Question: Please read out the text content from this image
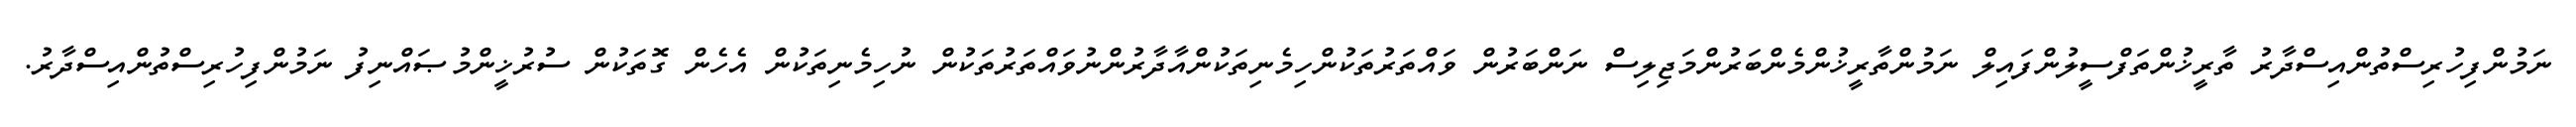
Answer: ނަމުންފިހުރިސްތުންއިސްދާރު ތާރީޚުންތަފްސީލުންފައިލް ނަމުންތާރީޚުންމެންބަރުންމަޖިލިސް ނަންބަރުން ވައްތަރުތަކުންހިމެނިތަކުންއާދާރުންނުވައްތަރުތަކުން ނުހިމެނިތަކުން އެހެން ގޮތަކުން ސުރުޚީންމުޞައްނިފު ނަމުންފިހުރިސްތުންއިސްދާރު.